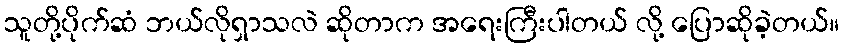
သူတို့ပိုက်ဆံ ဘယ်လိုရှာသလဲ ဆိုတာက အရေးကြီးပါတယ် လို့ ပြောဆိုခဲ့တယ်။